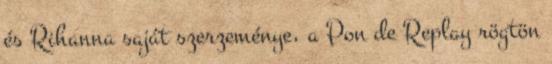
és Rihanna saját szerzeménye, a Pon de Replay rögtön